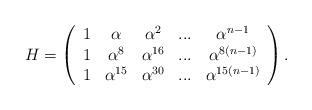
LaTeX: \begin{align*}H=\left( \begin{array}{ccccc}1 & \alpha & \alpha ^{2} & ... & \alpha ^{n-1} \\ 1 & \alpha ^{8} & \alpha ^{16} & ... & \alpha ^{8(n-1)} \\ 1 & \alpha ^{15} & \alpha ^{30} & ... & \alpha ^{15(n-1)}\end{array}\right) . \end{align*}